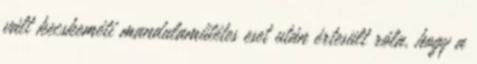
vált kecskeméti mandulaműtétes eset után értesült róla, hogy a